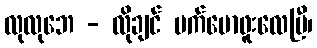
လုလုဘေ - လိုချင် မက်မောဖူးလေပြီ၊